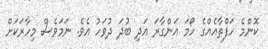
ކޮންމެ ހަފްތާއެއްގެ ހޯމަ އަންގާރަ އަދި ބުދަ ދުވަހު އެވެ. ނަމަވެސް މިހާރަކަށް